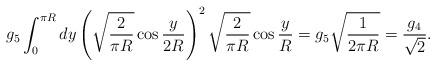
LaTeX: \begin{align*}g_{5} \int_{0}^{\pi R}dy \left(\sqrt{\frac{2}{\pi R}} \cos \frac{y}{2R} \right)^{2} \sqrt{\frac{2}{\pi R}} \cos \frac{y}{R} = g_{5} \sqrt{\frac{1}{2\pi R}} = \frac{g_{4}}{\sqrt{2}}.\end{align*}